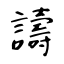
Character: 譸